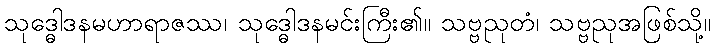
သုဒ္ဓေါဒနမဟာရာဇဿ၊ သုဒ္ဓေါဒနမင်းကြီး၏။ သဗ္ဗညုတံ၊ သဗ္ဗညုအဖြစ်သို့။